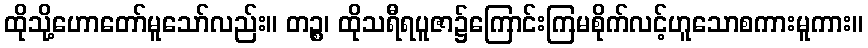
ထိုသို့ဟောတော်မူသော်လည်း။ တဉ္စ၊ ထိုသရီရပူဇာ၌ကြောင်းကြမစိုက်လင့်ဟူသောစကားမူကား။